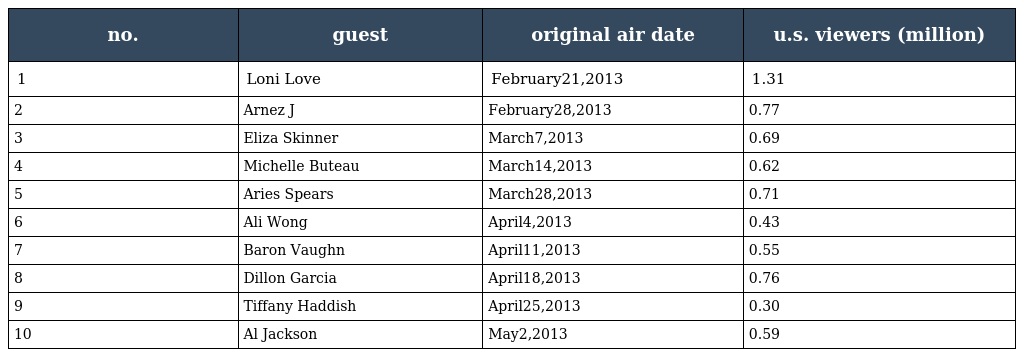
| no. | guest | original air date | u.s. viewers (million) |
 | --- | --- | --- | --- |
 | 1 | Loni Love | February21,2013 | 1.31 |
 | 2 | Arnez J | February28,2013 | 0.77 |
 | 3 | Eliza Skinner | March7,2013 | 0.69 |
 | 4 | Michelle Buteau | March14,2013 | 0.62 |
 | 5 | Aries Spears | March28,2013 | 0.71 |
 | 6 | Ali Wong | April4,2013 | 0.43 |
 | 7 | Baron Vaughn | April11,2013 | 0.55 |
 | 8 | Dillon Garcia | April18,2013 | 0.76 |
 | 9 | Tiffany Haddish | April25,2013 | 0.30 |
 | 10 | Al Jackson | May2,2013 | 0.59 |